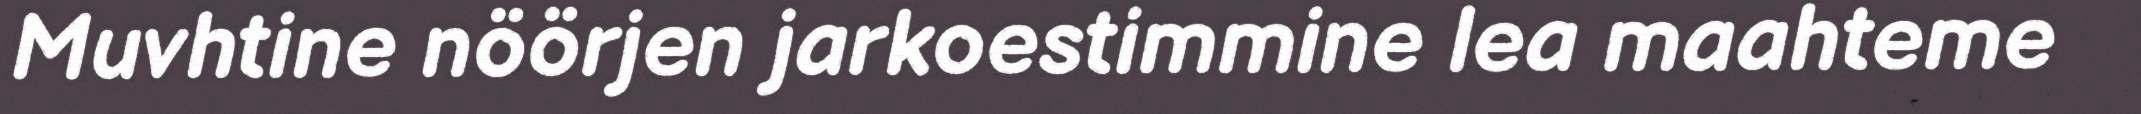
Muvhtine nöörjen jarkoestimmine lea maahteme